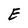
Character: E